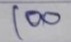
100